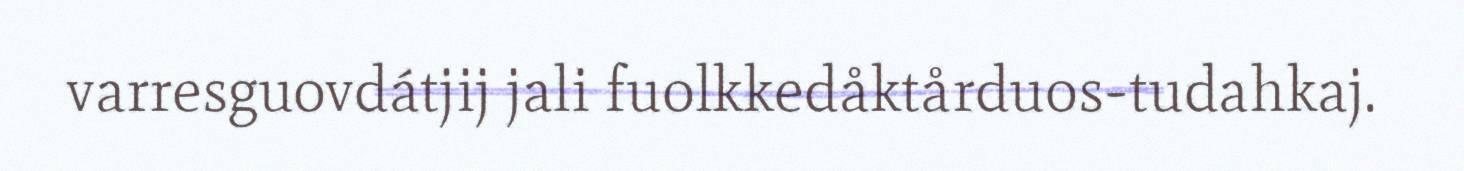
varresguovdátjij jali fuolkkedåktårduos-tudahkaj.